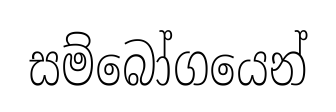
සම්බෝගයෙන්